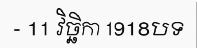
- 11 វិច្ឆិកា 1918បទ